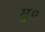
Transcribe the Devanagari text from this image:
मु०